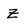
Character: Z